Notes on vaccination in the North-West Frontier Province 1923-1928 - 1923-1928
Year: 1923
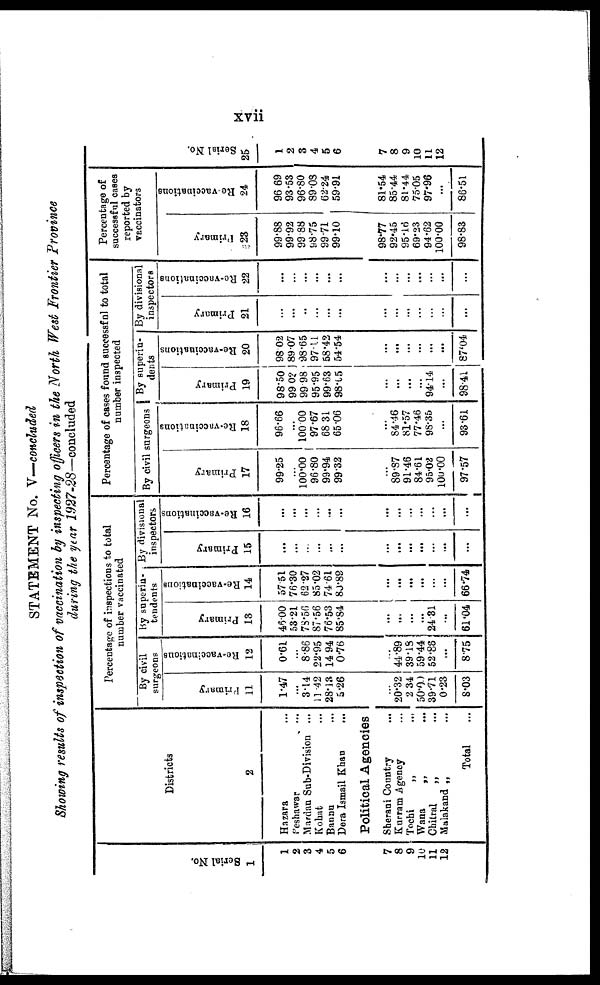
xvii
STATEMENT No. V—concluded
Showing results of inspection of vaccination by inspecting officers in the North West Frontier Province
during the year 1927-28—concluded
Serial No.
1
1
2
3
4
5
6
7
8
9
10
11
12
Districts
2
Hazara ...
Peshawar ...
Mardan Sub-Division ...
Kohat ...
Banau ...
Dera Ismail Khan
...
Political Agencies
Sherani Country
...
Kurram Agency ...
Tochi
„
...
Wana
„ ...
Chilral
„ ...
Malakand „ ...
Total ...
Percentage of inspections to total
number vaccinated
By civil
surgeons
Primary
11
1.47
...
3.14
11.42
28.13
5.26
...
20.32
2.34
50.09
39.71
0.23
8.03
Re-vaccinations
12
0.61
...
8.86
22.95
14.94
0.76
...
44.89
39.18
59.44
52.88
...
8.75
By superin-
tendents
Primary
13
46.00
53.21
78.56
87.56
76.53
85.84
...
...
...
...
24.31
...
61.04
Re-vaccinations
14
57.51
76.30
62.27
85.02
74.61
80.89
...
...
...
...
...
...
66.74
By divisional
inspectors
Primary
15
...
...
...
...
...
...
...
...
...
...
...
...
...
Re-vaccinations
16
...
...
...
...
...
...
...
...
...
...
...
...
...
Percentage of cases found successful to total
number inspected
By civil surgeons
Primary
17
99.25
...
100.00
96.80
99.94
99.32
...
89.87
91.46
84.61
95.02
100.00
97.57
Re-vaccinations
18
96.66
...
100.00
97.67
68.31
65.06
...
84.46
81.57
77.46
98.35
...
93.61
By superin¬
dents
Primary
19
98.50
99.02
99.98
95.95
99.63
98.15
...
...
...
...
94.14
...
98.41
Re-vaccinations
20
98.02
89.07
98.65
97.11
58.42
54.54
...
...
...
...
...
...
87.04
By divisional
inspectors
Primary
21
...
...
...
...
...
...
...
...
...
...
...
...
...
Re-vaccinations
22
...
...
...
...
...
...
...
...
...
...
...
...
...
Percentage of
successful cases
reported by
vaccinators
Primary
23
99.88
99.92
99.88
98.75
99.71
99.10
98.77
92.45
95.16
69.23
94.62
100.00
98.83
Re-vaccinations
24
96.69
93.53
96.80
89.08
62.24
59.91
81.54
85.44
81.44
75.05
97.96
...
86.51
Serial No.
25
1
2
3
4
5
6
7
8
9
10
11
12